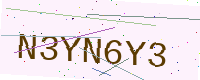
Text: N3YN6Y3